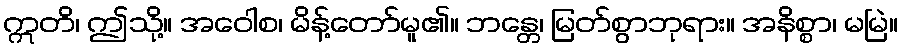
ဣတိ၊ ဤသို့။ အဝေါစ၊ မိန့်တော်မူ၏။ ဘန္တေ၊ မြတ်စွာဘုရား။ အနိစ္စာ၊ မမြဲ။